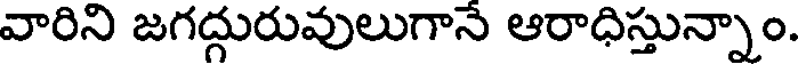
వారిని జగద్గురువులుగానే ఆరాధిస్తున్నాం.